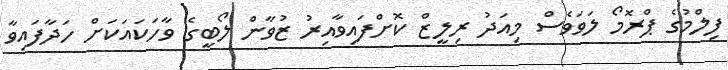
ފިލްމުގެ ޕްރޮމޯ ލަވަވެސް މިއަދު ރިލީޒް ކޮށްފައިވާއިރު ޒުވާން ލޯބީގެ ވާހަކައަކަށް ހަދާފައިވާ